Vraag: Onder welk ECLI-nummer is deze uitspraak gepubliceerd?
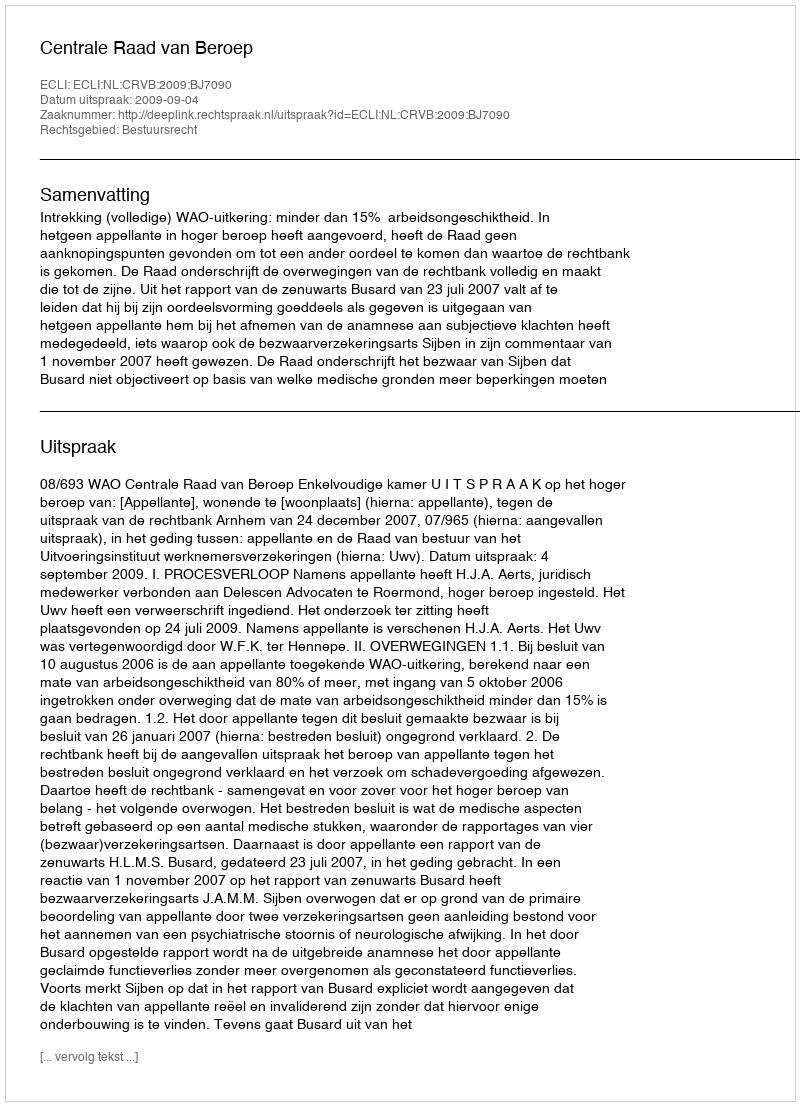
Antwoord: ECLI:NL:CRVB:2009:BJ7090